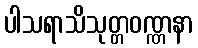
ပါသရာသိသုတ္တဝဏ္ဏနာ